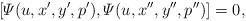
LaTeX: \begin{align*}[{\mit\Psi}(u,x',y',p'),{\mit\Psi}(u,x'',y'',p'')]=0,\end{align*}